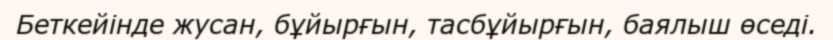
Беткейінде жусан, бұйырғын, тасбұйырғын, баялыш өседі.